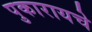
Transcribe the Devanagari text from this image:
पुकारायचे